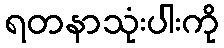
ရတနာသုံးပါးကို